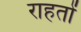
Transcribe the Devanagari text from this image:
राहतों